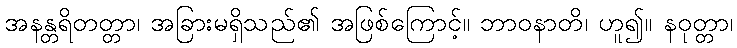
အနန္တရိတတ္တာ၊ အခြားမရှိသည်၏ အဖြစ်ကြောင့်။ ဘာဝနာတိ၊ ဟူ၍။ နဝုတ္တာ၊